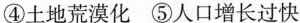
④土地荒漠化 ⑤人口增长过快